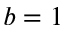
b = 1